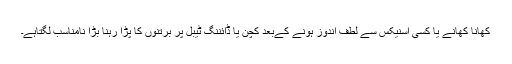
کھانا کھانے یا کسی اسنیکس سے لطف اندوز ہونے کےبعد کچن یا ڈائننگ ٹیبل پر برتنوں کا پڑا رہنا بڑا نامناسب لگتاہے۔